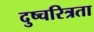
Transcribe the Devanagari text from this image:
दुष्चरित्रता